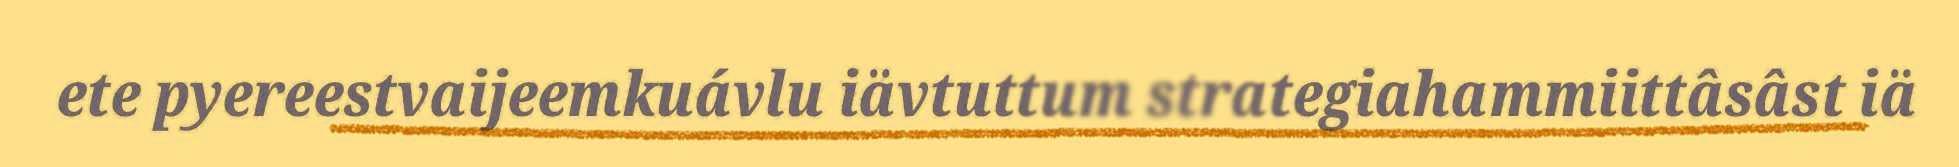
ete pyereestvaijeemkuávlu iävtuttum strategiahammiittâsâst iä